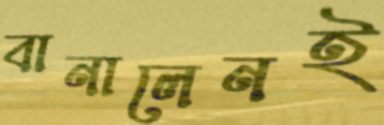
বানালেনই